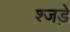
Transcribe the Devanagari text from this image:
श्जड़े